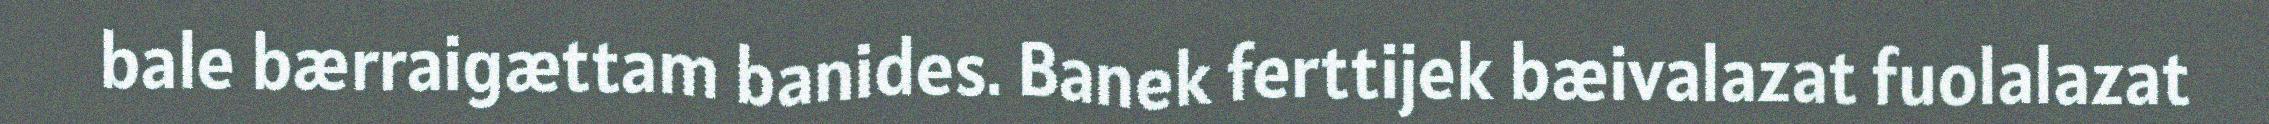
bale bærraigættam banides. Banek ferttijek bæivalazat fuolalazat